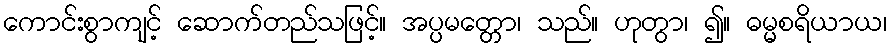
ကောင်းစွာကျင့် ဆောက်တည်သဖြင့်။ အပ္ပမတ္တော၊ သည်။ ဟုတွာ၊ ၍။ ဓမ္မစရိယာယ၊